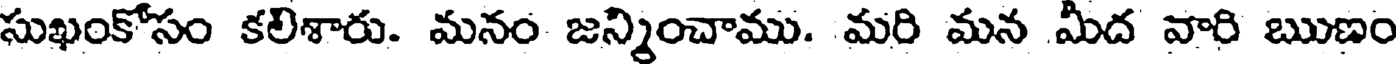
సుఖంకోసం కలిశారు. మనం జన్మించాము. మరి మన మీద వారి ఋణం